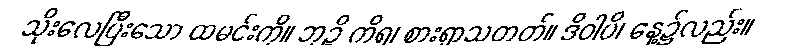
သိုးလေပြီးသော ထမင်းကို။ ဘုဉ္ဇိ ကိရ၊ စားရှာသတတ်။ ဒိဝါပိ၊ နေ့၌လည်း။